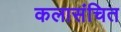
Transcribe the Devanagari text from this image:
कलासंचित